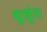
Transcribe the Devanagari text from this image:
थुलुंग